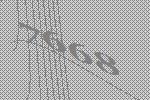
7668